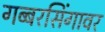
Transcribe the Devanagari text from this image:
गब्बरसिंगावर